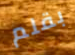
بقلم